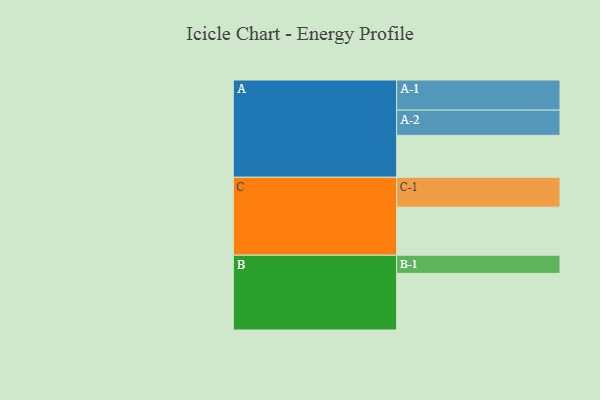
{"axis": {"x": "Segment", "y": "Value"}, "legend": ["", "A", "B", "C"], "data": [{"x": "A", "y": 358, "type": ""}, {"x": "B", "y": 483, "type": ""}, {"x": "C", "y": 410, "type": ""}, {"x": "A-1", "y": 257, "type": "A"}, {"x": "A-2", "y": 215, "type": "A"}, {"x": "B-1", "y": 155, "type": "B"}, {"x": "C-1", "y": 255, "type": "C"}]}